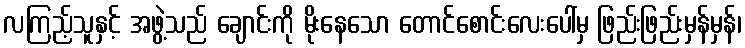
လကြည့်သူနှင့် အဖွဲ့သည် ချောင်းကို မိုးနေသော တောင်စောင်းလေးပေါ်မှ ဖြည်းဖြည်းမှန်မှန်၊